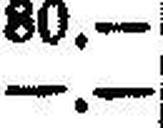
—.—